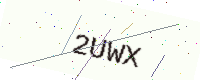
Text: 2UWX